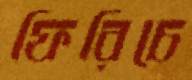
ফিরিচে